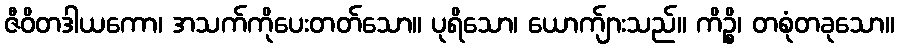
ဇီဝိတဒါယကော၊ အသက်ကိုပေးတတ်သော။ ပုရိသော၊ ယောက်ျားသည်။ ကိဉ္စိ၊ တစုံတခုသော။